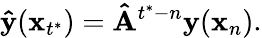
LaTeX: \mathbf{\hat{y}}(\mathbf x_{t^{*}})=\mathbf{\hat{A}}^{t^{*}-n}\mathbf{y}(\mathbf x_{n}).